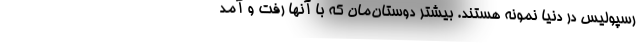
رسپولیس در دنیا نمونه هستند. بیشتر دوستان‌مان که با آنها رفت و آمد